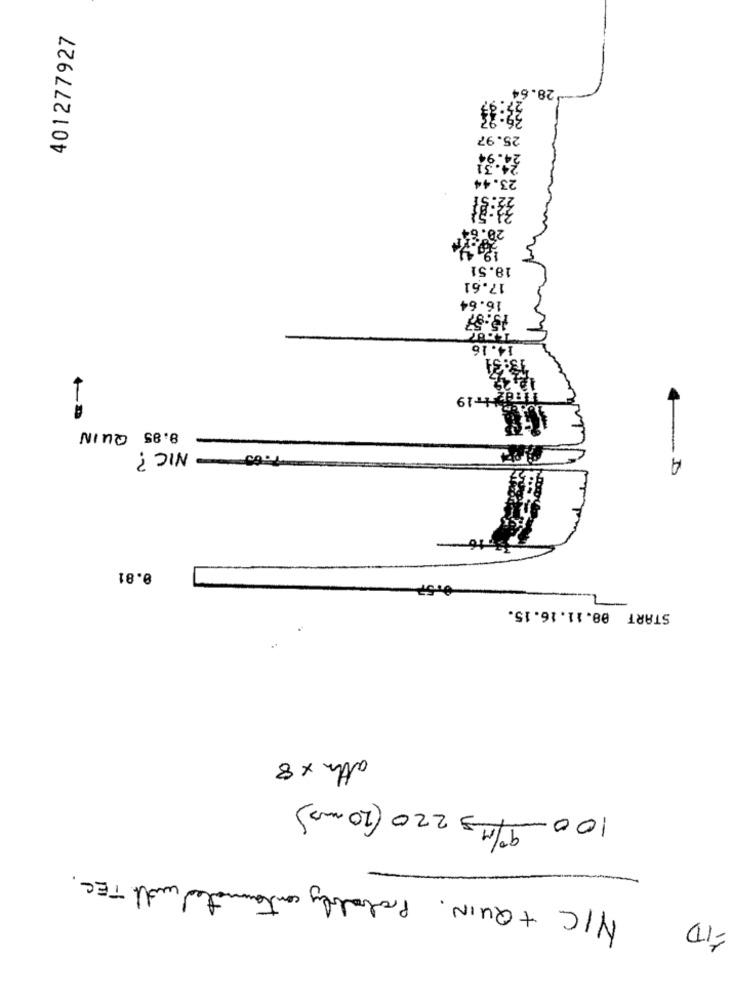
401277927
28.64
25.97
23.44
32:31
18.51
17.61
16.64
15:57
14.16
29
8.85 QUIN
1.63 NIC ?
A
0.81
START 08.11.16.15.
attn x 8
9/1 = 220 (20 mg)
100-/
N/C + QUIN . Probably contaminated with TEC .